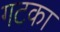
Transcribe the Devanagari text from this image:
गटका